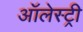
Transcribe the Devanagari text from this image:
ऑलेस्ट्री